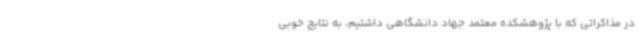
در مذاکراتی که با پژوهشکده معتمد جهاد دانشگاهی داشتیم، به نتایج خوبی